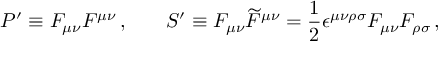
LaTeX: P ^ { \prime } \equiv F _ { \mu \nu } F ^ { \mu \nu } \, , \medskip \, \ \ \, \ \ \, S ^ { \prime } \equiv F _ { \mu \nu } \widetilde { F } ^ { \mu \nu } = \frac { 1 } { 2 } \epsilon ^ { \mu \nu \rho \sigma } F _ { \mu \nu } F _ { \rho \sigma } \, ,